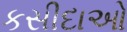
કસીદાઓ